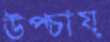
উপ্‌চায়